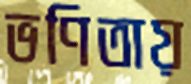
ভণিতায়